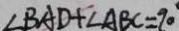
\angle B A D + \angle A B C = 9 0